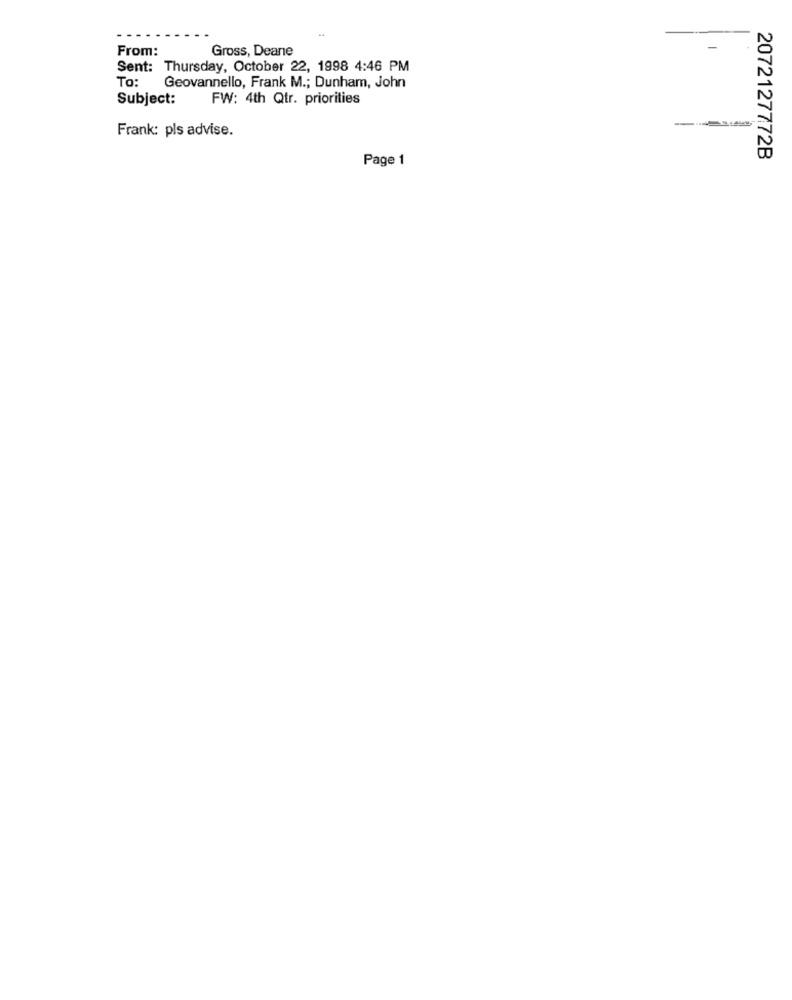
From:
Gross, Deane
Sent: Thursday, October 22, 1998 4:46 PM
To:
Geovannello, Frank M .; Dunham, John
Subject:
FW: 4th Qtr. priorities
Frank: pls advise.
Page 1
2072127772B